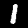
Digit: 1